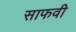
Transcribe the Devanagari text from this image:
साफवी